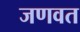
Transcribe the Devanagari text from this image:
जणवत